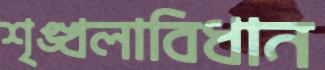
শৃঙ্খলাবিধান